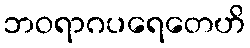
ဘဝရာဂပရေတေဟိ